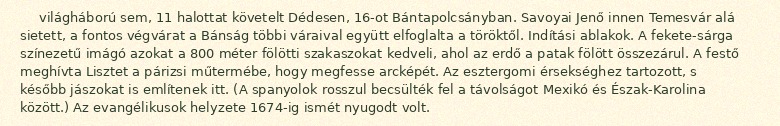
világháború sem, 11 halottat követelt Dédesen, 16-ot Bántapolcsányban. Savoyai Jenő innen Temesvár alá sietett, a fontos végvárat a Bánság többi váraival együtt elfoglalta a töröktől. Indítási ablakok. A fekete-sárga színezetű imágó azokat a 800 méter fölötti szakaszokat kedveli, ahol az erdő a patak fölött összezárul. A festő meghívta Lisztet a párizsi műtermébe, hogy megfesse arcképét. Az esztergomi érsekséghez tartozott, s később jászokat is említenek itt. (A spanyolok rosszul becsülték fel a távolságot Mexikó és Észak-Karolina között.) Az evangélikusok helyzete 1674-ig ismét nyugodt volt.